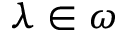
\lambda \in \omega